画像に写った文字を読んでください
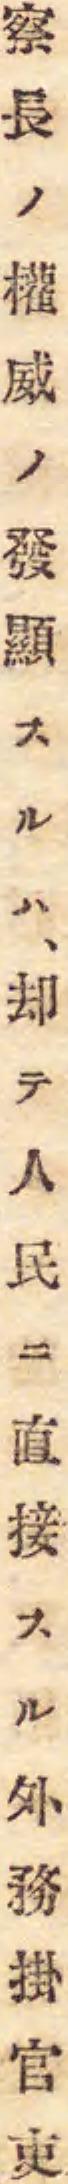
「察長ノ權威ノ發顯スルハ、却テ人民ニ直接スル外務掛官吏」と書いてあります